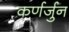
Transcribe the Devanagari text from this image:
कर्णर्जुन